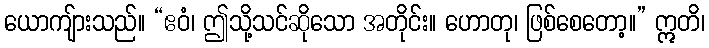
ယောကျ်ားသည်။ “ဧဝံ၊ ဤသို့သင်ဆိုသော အတိုင်း။ ဟောတု၊ ဖြစ်စေတော့။” ဣတိ၊